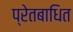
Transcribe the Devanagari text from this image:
प्रेतबाधित